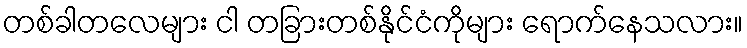
တစ်ခါတလေများ ငါ တခြားတစ်နိုင်ငံကိုများ ရောက်နေသလား။